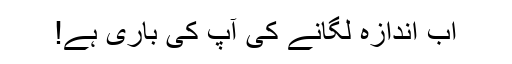
اب اندازہ لگانے کی آپ کی باری ہے!